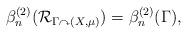
LaTeX: \begin{align*}\beta_n^{(2)}(\mathcal{R}_{\Gamma\curvearrowright (X,\mu)}) = \beta_n^{(2)}(\Gamma),\end{align*}